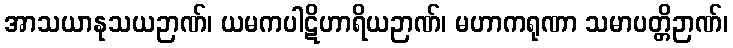
အာသယာနုသယဉာဏ်၊ ယမကပါဋိဟာရိယဉာဏ်၊ မဟာကရုဏာ သမာပတ္တိဉာဏ်၊